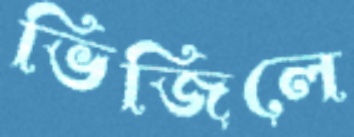
ভিজিলে